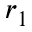
r _ { 1 }